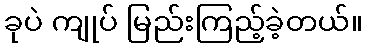
ခုပဲ ကျုပ် မြည်းကြည့်ခဲ့တယ်။